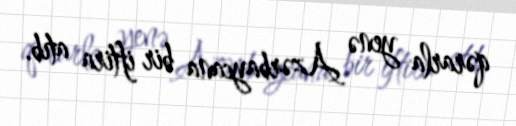
qərarla yenə Azərbaycana bir iftira atıb.